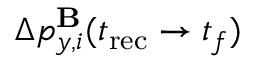
\Delta p _ { y , i } ^ { \mathbf { B } } ( t _ { \mathrm { r e c } } \to t _ { f } )